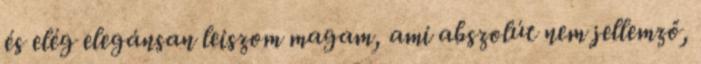
és elég elegánsan leiszom magam, ami abszolút nem jellemző,